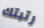
رتبتك